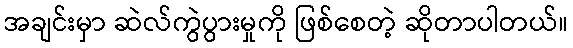
အချင်းမှာ ဆဲလ်ကွဲပွားမှုကို ဖြစ်စေတဲ့ ဆိုတာပါတယ်။